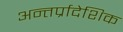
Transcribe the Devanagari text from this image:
अन्तर्प्रादेशिक